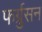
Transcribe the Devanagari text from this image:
फर्ग्रुसन